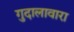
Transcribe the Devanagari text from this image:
गुदालावारा